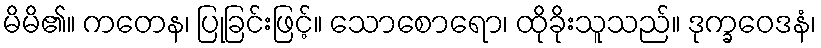
မိမိ၏။ ကတေန၊ ပြုခြင်းဖြင့်။ သောစောရော၊ ထိုခိုးသူသည်။ ဒုက္ခဝေဒနံ၊